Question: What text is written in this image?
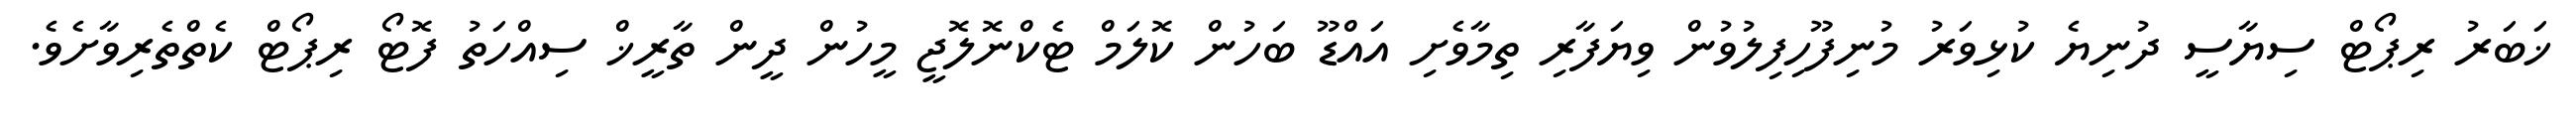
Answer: ޚަބަރު ރިޕޯޓް ސިޔާސީ ދުނިޔެ ކުޅިވަރު މުނިފޫހިފިލުވުން ވިޔަފާރި ތިމާވެށި އައްޑޫ ބަހުން ކޮލަމް ޓެކްނޮލޮޖީ މީހުން ދީން ތާރީޚް ސިއްހަތު ފޮޓޯ ރިޕޯޓް ކެތްތެރިވާށެވެ.